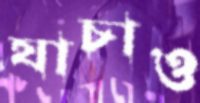
যাচাও